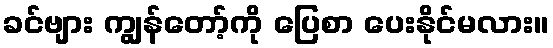
ခင်ဗျား ကျွန်တော့်ကို ပြေစာ ပေးနိုင်မလား။